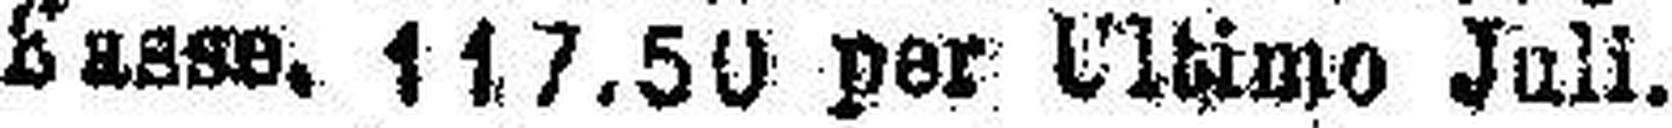
Sasse. 117.50 per Ultimo Juli.